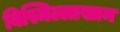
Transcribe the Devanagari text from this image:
बिस्मिल्लाखान